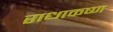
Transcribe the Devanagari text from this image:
राधाकष्‍ण